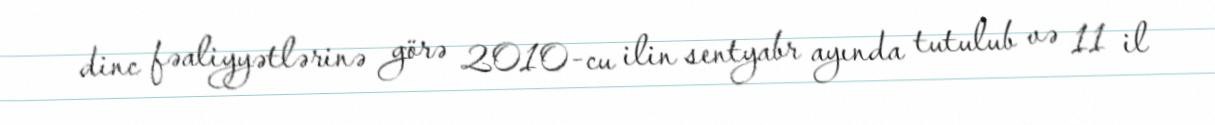
dinc fəaliyyətlərinə görə 2010-cu ilin sentyabr ayında tutulub və 11 il